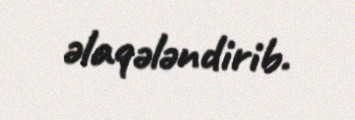
əlaqələndirib.